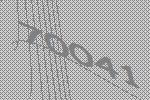
70041